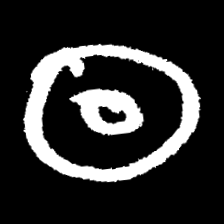
Pyu character \u2014 Myanmar letter: ထ (romanized: tha)